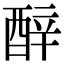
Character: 𬪬